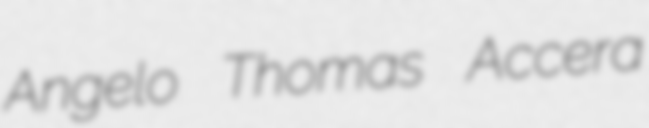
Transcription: Angelo Thomas Accera